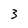
Character: 3